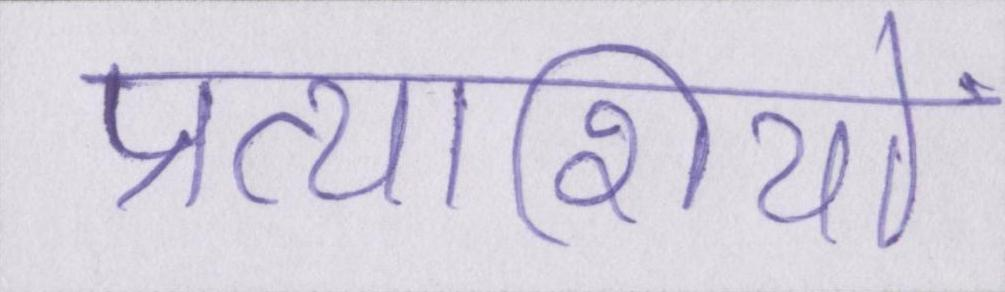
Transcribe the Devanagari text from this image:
प्रत्याशियों